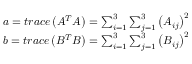
\begin{array} { r } { a = t r a c e \left( { A ^ { T } A } \right) = { \sum _ { i = 1 } ^ { 3 } { \sum _ { j = 1 } ^ { 3 } \left( A _ { i j } \right) ^ { 2 } } } } \\ { b = t r a c e \left( { B ^ { T } B } \right) = { \sum _ { i = 1 } ^ { 3 } { \sum _ { j = 1 } ^ { 3 } \left( B _ { i j } \right) ^ { 2 } } } } \end{array}